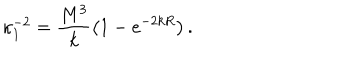
LaTeX: \kappa _ { 1 } ^ { - 2 } = \frac { M ^ { 3 } } { k } \left( 1 - e ^ { - 2 k R } \right) .